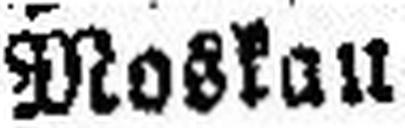
Moskau